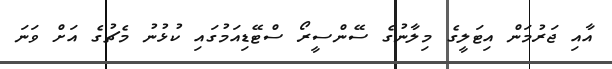
އާއި ޖަރުމަން އިޓަލީގެ މިލާނުގެ ސޭންސީރޯ ސްޓޭޑިއަމުގައި ކުޅުނު މެޗުގެ އަށް ވަނަ